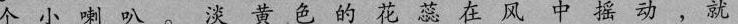
个小喇叭。淡黄色的花蕊 在风中摇动，就